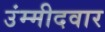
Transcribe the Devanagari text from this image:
उंम्मीदवार